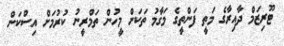
ޓޫރިޒަމް ދާއިރާގެ މަތީ ފަންތީގެ މަގާމު ތަކަށް މީހުން ތަމްރީނު ކުރުމަށް އިސްކަން